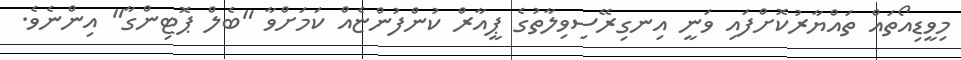
މިވީޑިއޯތައް ތައްޔާރުކޮށްފައި ވަނީ އިނގިރޭސިވިލާތުގެ ޕީއާރް ކުންފުންޏެއް ކަމަށްވާ "ބެލް ޕޮޓިންގާ" އިންނެވެ.